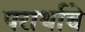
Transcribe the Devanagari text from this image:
परार्थाचे